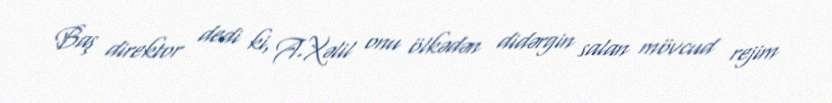
Baş direktor dedi ki, A.Xəlil onu ölkədən didərgin salan mövcud rejim